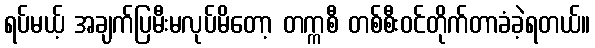
ရပ်မယ့် အချက်ပြမီးမလုပ်မိတော့ တက္ကစီ တစ်စီးဝင်တိုက်တာခံခဲ့ရတယ်။